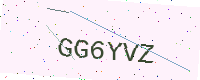
Text: GG6YVZ